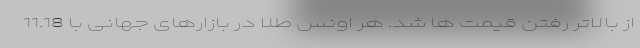
از بالاتر رفتن قیمت ها شد. هر اونس طلا در بازارهای جهانی با 11.18